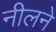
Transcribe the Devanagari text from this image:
नीलने